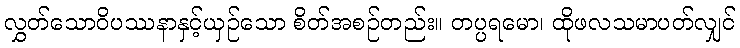
လွှတ်သောဝိပဿနာနှင့်ယှဉ်သော စိတ်အစဉ်တည်း။ တပ္ပရမော၊ ထိုဖလသမာပတ်လျှင်